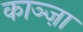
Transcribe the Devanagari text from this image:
काञ्ज़ा